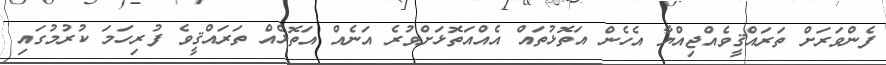
ފެންވަރަށް ތަރައްޤީވެއްޖިއްޔާ އެހެން އަތޮޅުތައް އެއްއަތޮޅަށްވުރެ އަނެއް އަތޮޅެއް ތަރައްޤީވެ ފުރިހަމަ ކުރުމުގައި